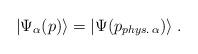
LaTeX: \begin{align*}|\Psi_\alpha(p) \rangle = |\Psi(p_{phys. \, \alpha}) \rangle \; .\end{align*}